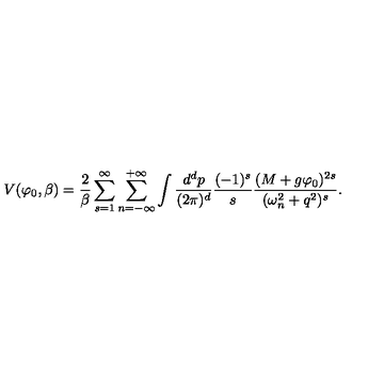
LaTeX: V ( \varphi _ { 0 } , \beta ) = \frac { 2 } { \beta } \sum _ { s = 1 } ^ { \infty } \sum _ { n = - \infty } ^ { + \infty } \int \frac { d ^ { d } p } { ( 2 \pi ) ^ { d } } \frac { ( - 1 ) ^ { s } } { s } \frac { ( M + g \varphi _ { 0 } ) ^ { 2 s } } { ( \omega _ { n } ^ { 2 } + q ^ { 2 } ) ^ { s } } .